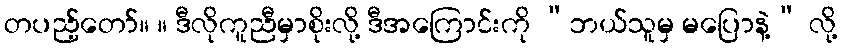
တပည့်တော်။ ။ ဒီလိုကူညီမှာစိုးလို့ ဒီအကြောင်းကို “ဘယ်သူမှ မပြောနဲ့” လို့